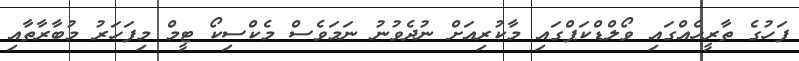
ފަހުގެ ތާރީހެއްގައި ވޯލްޑްކަޕްގައި މާކުރިއަށް ނުދެވުނު ނަމަވެސް މެކްސިކޯ ޓީމް މިފަހަރު މުބާރާތާއި